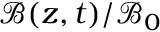
\mathcal { B } ( z , t ) / \mathcal { B } _ { 0 }